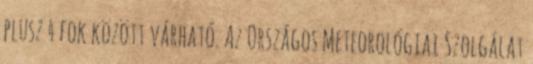
plusz 4 fok között várható. Az Országos Meteorológiai Szolgálat